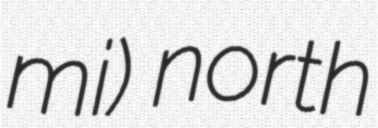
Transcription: mi) north